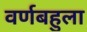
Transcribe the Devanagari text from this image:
वर्णबहुला